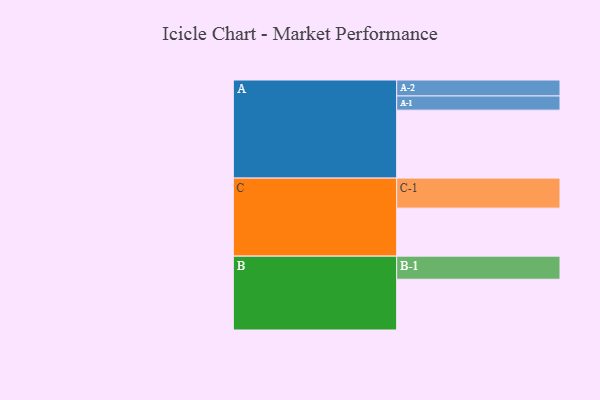
{"axis": {"x": "Segment", "y": "Value"}, "legend": ["", "A", "B", "C"], "data": [{"x": "A", "y": 541, "type": ""}, {"x": "B", "y": 404, "type": ""}, {"x": "C", "y": 382, "type": ""}, {"x": "A-1", "y": 113, "type": "A"}, {"x": "A-2", "y": 127, "type": "A"}, {"x": "B-1", "y": 184, "type": "B"}, {"x": "C-1", "y": 239, "type": "C"}]}